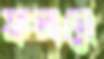
ফলনে